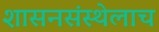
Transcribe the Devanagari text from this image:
शासनसंस्थेलाच